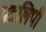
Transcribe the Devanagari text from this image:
पत्रलिपी